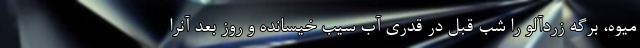
میوه، برگه زردآلو را شب قبل در قدری آب سیب خیسانده و روز بعد آنرا